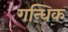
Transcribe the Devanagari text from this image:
गन्धिक